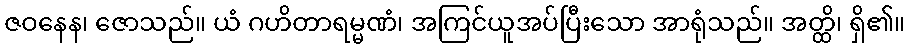
ဇဝနေန၊ ဇောသည်။ ယံ ဂဟိတာရမ္မဏံ၊ အကြင်ယူအပ်ပြီးသော အာရုံသည်။ အတ္ထိ၊ ရှိ၏။